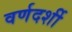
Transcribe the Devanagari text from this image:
वर्णदर्शी